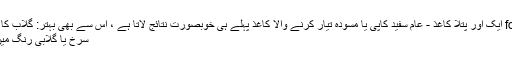
پھولوں کے ل for ایک اور پتلا کاغذ - عام سفید کاپی یا مسودہ تیار کرنے والا کاغذ پہلے ہی خوبصورت نتائج لاتا ہے ، اس سے بھی بہتر: گلاب کا ایک نازک سایہ
سرخ یا گلابی رنگ میں رنگین پینسلیں۔